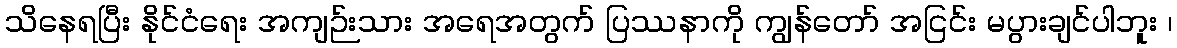
သိနေရပြီး နိုင်ငံရေး အကျဉ်းသား အရေအတွက် ပြဿနာကို ကျွန်တော် အငြင်း မပွားချင်ပါဘူး ၊